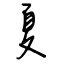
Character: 夏